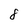
Character: 8